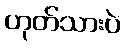
ဟုတ်သားပဲ